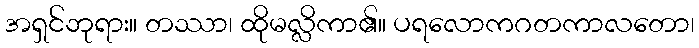
အရှင်ဘုရား။ တဿာ၊ ထိုမလ္လိကာ၏။ ပရလောကဂတကာလတော၊